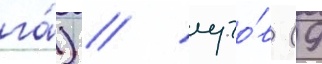
га́) / луго́в (9